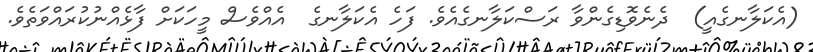
(އެކަލާނގެއީ)  ދެނެވޮޑިގެންވާ ރަސްކަލާނގެއެވެ. ފަހެ އެކަލާނގެ  އެއްވެސް މީހަކަށް ފާޅެއްނުކުރައްވަތެވެ.